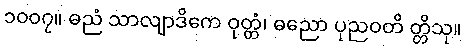
၁၀၀၇။ ဓညံ သာလျာဒိကေ ဝုတ္တံ၊ ဓညော ပုညဝတိ တ္တိသု။